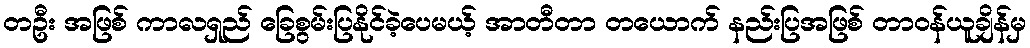
တဦး အဖြစ် ကာလရှည် ခြေစွမ်းပြနိုင်ခဲ့ပေမယ့် အာတီတာ တယောက် နည်းပြအဖြစ် တာဝန်ယူချိန်မှ